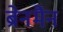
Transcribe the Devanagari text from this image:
ब्रेनमैन